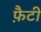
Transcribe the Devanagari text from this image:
फ़ैटी